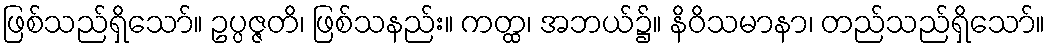
ဖြစ်သည်ရှိသော်။ ဥပ္ပဇ္ဇတိ၊ ဖြစ်သနည်း။ ကတ္ထ၊ အဘယ်၌။ နိဝိသမာနာ၊ တည်သည်ရှိသော်။